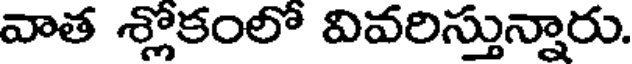
వాత శ్లోకంలో వివరిస్తున్నారు.